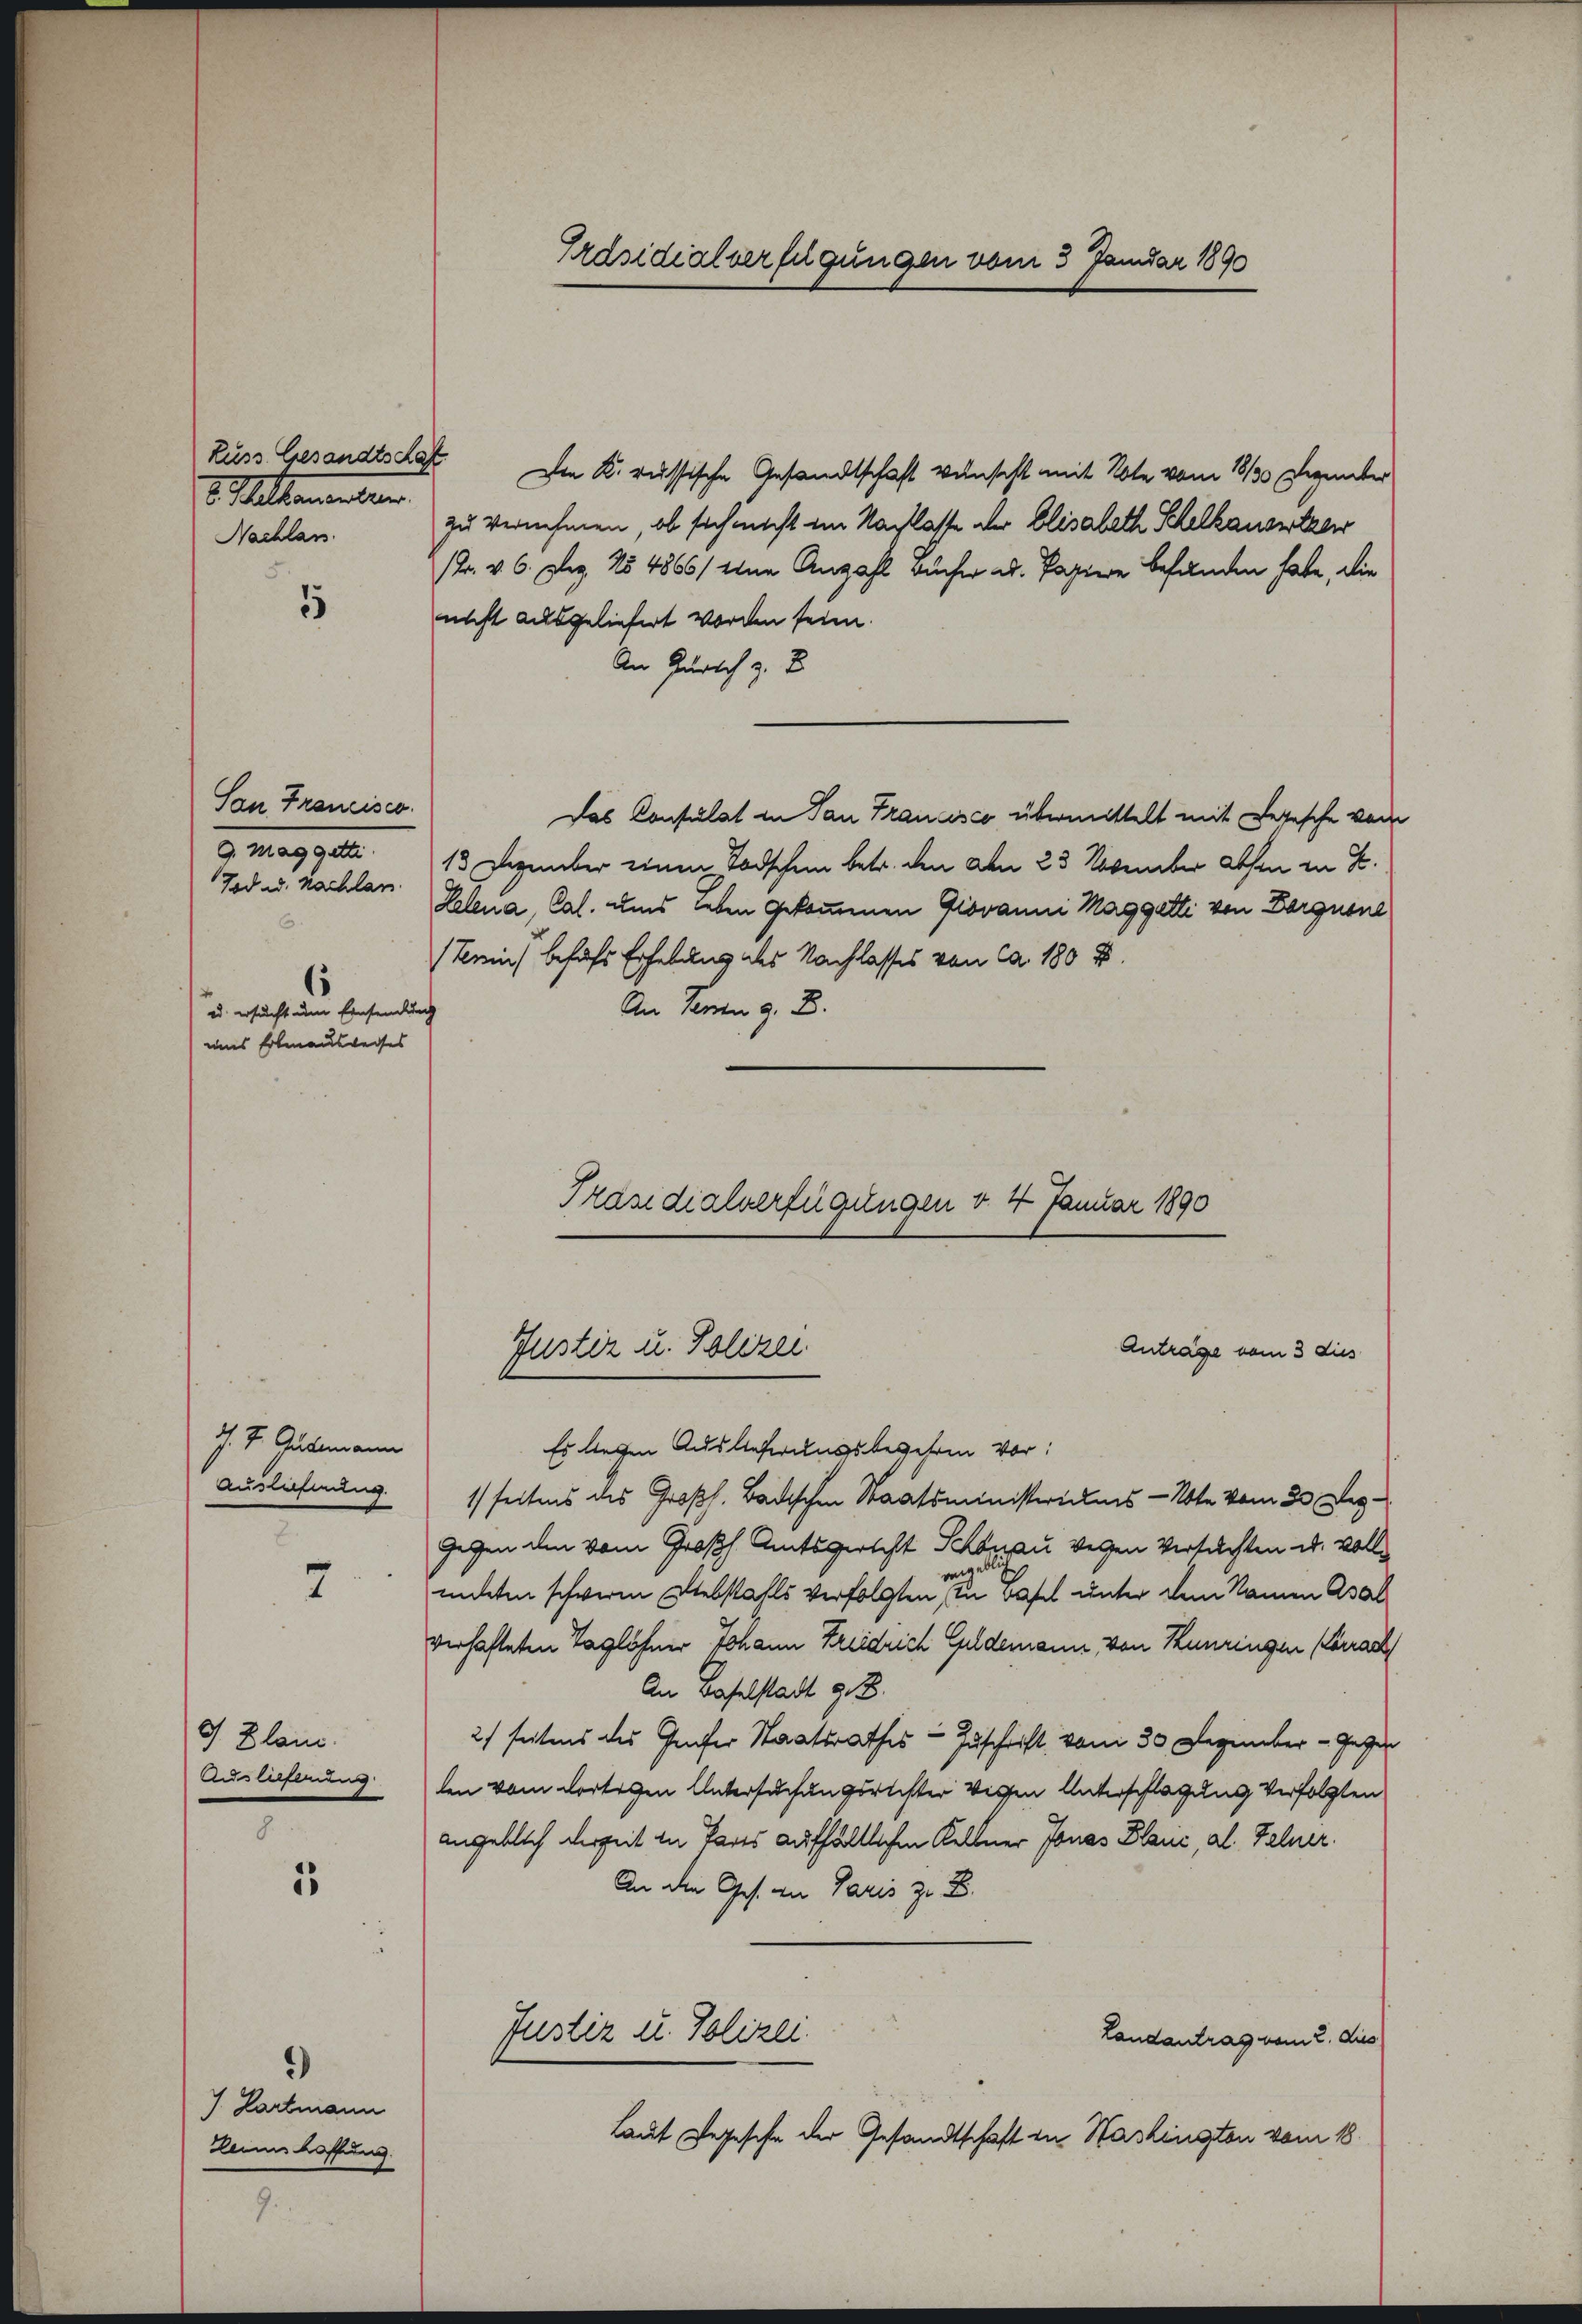
Kuss Gesandts Rat
S. Partementen
Nachlass

5

San Francisco
9. Mag getti.
Tod u. nachlan
ud ersucht um Einsendung
eines Erlenausweises

J. J. Guttmann
Auslehnung.
2.

7

J. Plane.
Aulehnung

.
55

J. Hartmann
Lans laffung.

Den K. russische Gesandtschaft wünscht mit Note vom 18130 Dezember
zu vernehmen, ob sich nicht im Nachlasse der Elisabeth Schelkansetzen
Br. v. 6. Dez. 154866/ eine Anzahl Bücher u. Papiere befunden habe, die
nicht ausgeliefert worden seien.
An Zürich z. B.
Das Consulat in San Francisco übermittelt mit Resische vom
13 Dezember einen Todschein betr. den Den 23 November absen in E
Lelena, Cal. uns leben gekommenen Giovanni Maggetti von Dargnone
(Terin behufs Erhebung des Nachlasses von ca. 180 u.
An Jennen z. B.
Präsidialverfügungen v. 4. Januar 1890

Es liegen Auslieferungsbegeben vor:
1 seitens des Großh. Badischen Staatsministerielis - Note vom 20. Dez.
gegen den vom Großh. Amtsgericht Schönau vergen Versuchten u. vollgeblich
mneten schweren Diebstahls verfolgten in Basel unter dem Namen Asal
verhafteten Taglöhner Johann Freidrich Geldemann von Kunzingen Carrach
An Baselstadt z. B.
2) seitens des Genfer Staatsrathes Zuschrift vom 30 Dezember - Gegen
len vom dortigen Untersuchungsrichter vigen Unterschlagung verfolgten
angeblich derzeit in Pares aufhältlichen Kellner Jonas Blanc, al Felder.
An die Ges. an Paris zu B
Justiz u. Polizei
Landantrag vom 2. Aus
Laut Segesehe der Gesandtschaft in Haslingten vom 18.

Präsidialverfügungen vom 3 Januar 1890

Justiz u. Polizei

Anträge vom 3 dies